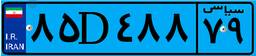
۸۵D۴۸۸۷۹